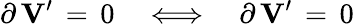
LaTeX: \partial\, {\mathbf V}^{\prime}\, =\, 0\quad\Longleftrightarrow\quad\partial\, {\mathbf V}^{\prime}\, =\, 0